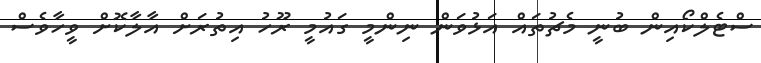
ސްޓެލްކޯއިން ބުނީ މެޗުތައް އަޅުވަން ނިންމީ ގައުމީ ރޫހު އިތުރަށް އާލާކޮށް ވީހާވެސް